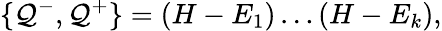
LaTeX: \{ \mathcal{Q}^{-},\mathcal{Q}^{+}\} =\left(H-E_{1}\right)\ldots\left(H-E_{k}\right),